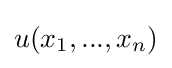
u(x_{1},...,x_{n})